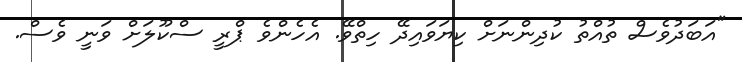
"އަބަދުވެސް ތުއްތު ކުދިންނަށް ކިޔަވައިދޭ ހިތްވޭ. އެހެންވެ ޕްރީ ސްކޫލަށް ވަނީ ވެސް.